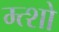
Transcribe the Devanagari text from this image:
म्त्शो